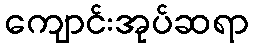
ကျောင်းအုပ်ဆရာ